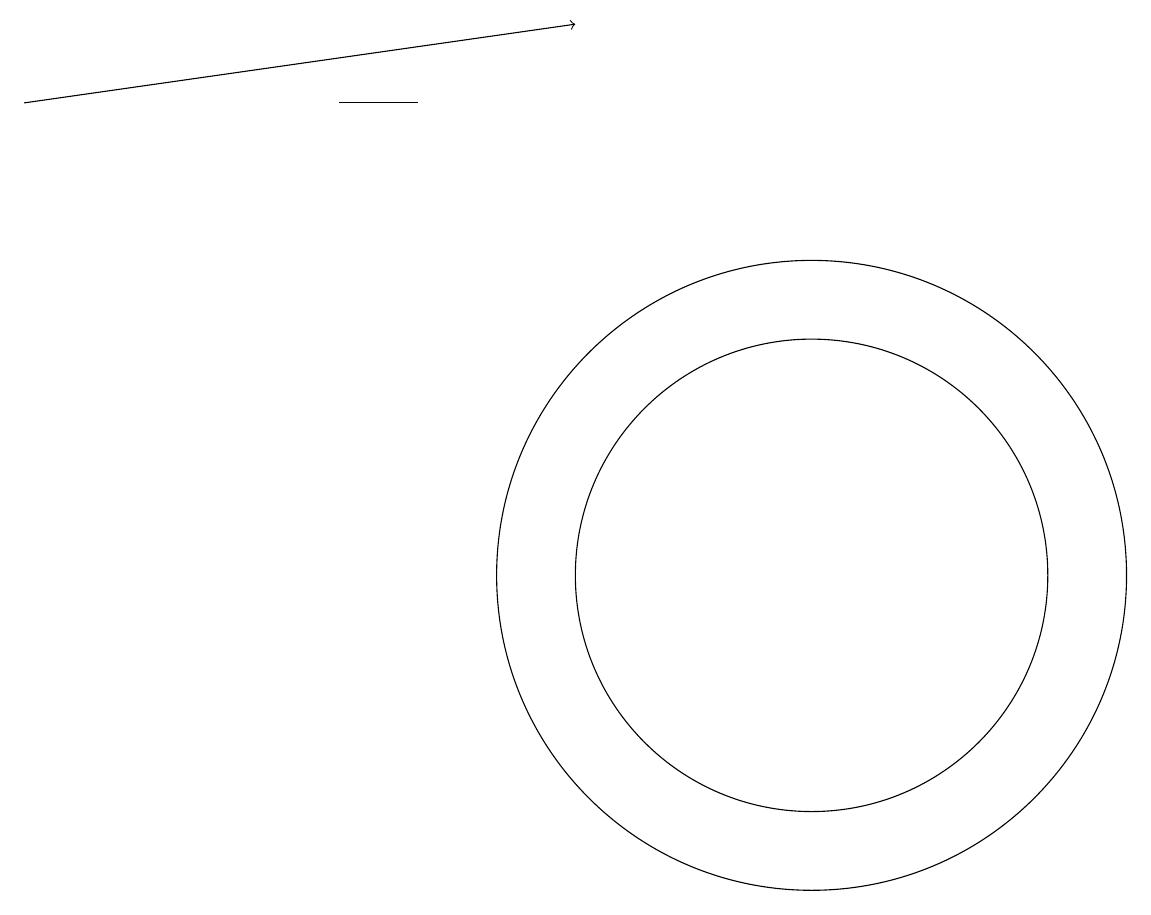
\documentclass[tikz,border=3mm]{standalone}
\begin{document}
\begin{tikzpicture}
\draw (5,17) rectangle (4,17);
\draw[->] (0,17) -- (7,18);
\draw (10,11) circle (3);
\draw (10,11) circle (4);
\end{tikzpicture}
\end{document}